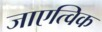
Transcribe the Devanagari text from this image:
जाएत्विक